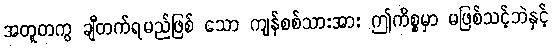
အတူတကွ ချီတက်ရမည်ဖြစ် သော ကျန်စစ်သားအား ဤကိစ္စမှာ မဖြစ်သင့်ဘဲနှင့်